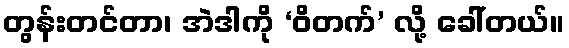
တွန်းတင်တာ၊ အဲဒါကို ‘ဝိတက်’ လို့ ခေါ်တယ်။